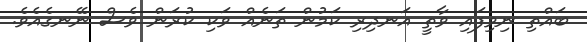
ބައްތި ނިވިފައި ވާތީ އަނދިރި ކަމުން ތަނެއް ވަކި ކުރަން ވެސް ނޭނގެއެވެ.